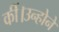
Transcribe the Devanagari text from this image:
कीं।उन्होने